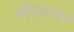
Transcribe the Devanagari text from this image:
मेडिकागो